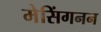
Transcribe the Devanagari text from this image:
मेसिंगनन